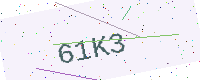
Text: 61K3